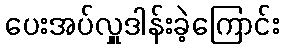
ပေးအပ်လှူဒါန်းခဲ့ကြောင်း